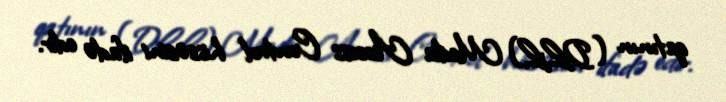
qatının (DLL) Media Access Control hissəsini ifadə edir.